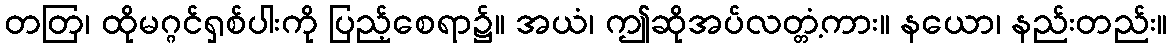
တတြ၊ ထိုမဂ္ဂင်ရှစ်ပါးကို ပြည့်စေရာ၌။ အယံ၊ ဤဆိုအပ်လတ္တံ့ကား။ နယော၊ နည်းတည်း။